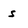
Character: s